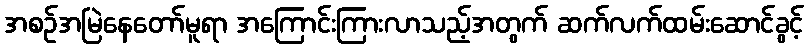
အစဉ်အမြဲနေတော်မူရာ အကြောင်းကြားလာသည့်အတွက် ဆက်လက်ထမ်းဆောင်ခွင့်